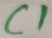
Text: C1